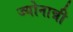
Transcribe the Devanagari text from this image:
ज्योनान्नी